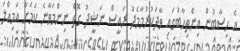
އެ ހިސާބުން އިންތިހާބުގައި ވާދަކުރުމާމެދު ރައީސް ނަޝީދު ގޮތް ނިންމަވާނެ ކަމަށާ އަމިއްލަ